Lunatic asylums Central Provinces reports 1910-1926 - 1910-1926
Year: 1910
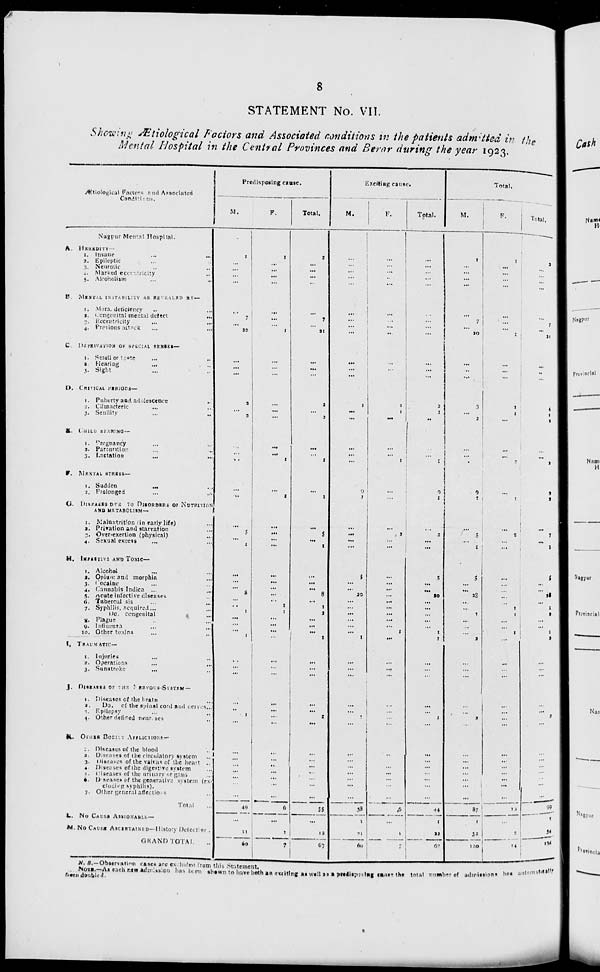
8
STATEMENT No. VII.
Showing Ætiological Factors and Associated conditions in the patients admitted in the
Mental Hospital in the Central Provinces and Berar during the year 1923.
Ætiological Factors and Associated
Conditions.
Nagpur Mental Hospital.
A.
HEREDITY —
1. Insane ... ...
2. Epileptic ... ...
3. Neurotic ... ...
4. Marked eccentricity ... ...
5. Alcoholism ... ...
B.
MENTAL
INSTANITY AS REVEALED BY —
1. Mora, deficiency
...
...
2. Congenital mental defect
...
3. Eccentricity ... ...
4. Previous attack ... ...
C.
DEPRIVATION OF SPECIAL SENSES—
1. Smell or taste ... ...
2. Hearing
...
...
3. Sight ... ...
D.
CRITICAL
PERIODS—
1. Puberty and adolescence ...
2. Climacteric ... ...
3. Senility
...
...
E. CHILD
BEARING
—
1. Pregnancy ... ...
3. Parturition ... ...
3. Lactation ... ...
F.
MENTAL
STRESS—
1. Sudden
... ...
2. Prolonged ... ...
G.
DISEASES
DUE
TO DISORDERS OF NUTRITION
AND METABOLISM—
1. Malnatrition (in early life) ...
2. Privation and starvation ...
3. Over-exertion (physical)
...
4. Sexual excess ... ...
H. INFECTIVE AND TOXIC—
1. Alcohol
...
...
2. Opium and morphia ...
3. Cocaine ... ...
4. Cannabis Indica ... ...
5. Acute infective diseases ... ...
6. Tubercul sis ... ...
7. Syphilis. acquired ... ...
Do. congenital ...
8. Plague ... ...
9. lnfluenza ... ...
10. Other toxins ... ...
I.
TRAUMATIC —
1. Injuries ... ...
2. Operations ... ...
3. Sunstroke ... ...
J. DISEASES OF THE NERVOUS-SYSTEM —
1. Diseases of the brain ...
2.
Do. of the spinal cord and neives..
3 Epilepsy ... ...
4. Other defined neurvses ...
R. OTHER BODILY AFFECTIONS —
1. Diseases of the blood ...
2. Diseases of the circulatory system ...
3. Diseases of the valvas of the heart ...
4. Diseases of the digestive system ...
5. Diseases of the urinary organs. ...
6. Diseases of the generative system (ex-
cluding syphilis).
7. Other general aflections ...
Total ...
L. NO CAUSE ASSIGNABLE.—
M.NO
CAUSE
ASCERTAINED—History
Defective.
GRAND TOTAL ...
Predisposing cause.
M.
1
...
...
...
...
...
7
...
20
...
...
...
2
...
3
...
...
...
...
...
...
5
...
1
...
...
...
8
...
...
1
...
...
...
1
...
...
...
...
...
1
...
...
...
...
...
...
...
...
49
...
11
60
F.
1
...
...
...
...
...
...
...
1
...
...
...
...
...
...
...
...
1
...
1
...
...
...
...
...
...
...
...
...
1
1
...
...
...
...
...
...
...
...
...
...
...
...
...
...
...
...
...
...
6
...
1
7
Total.
2
...
...
...
...
...
7
...
21
...
...
...
2
...
3
...
...
1
1
...
5
...
1
...
...
...
8
...
1
2
...
...
...
1
...
...
...
...
...
1
...
...
...
...
...
...
...
...
55
...
13
67
Exciting cause.
M.
...
...
...
...
...
...
...
...
...
...
...
...
1
...
...
...
...
...
9
1
...
...
...
...
5
...
...
20
...
...
...
...
...
...
1
...
...
...
...
...
1
...
...
...
...
...
...
...
...
38
1
21
60
F.
...
...
...
...
...
...
...
...
...
...
...
...
1
1
...
...
...
1
...
...
...
2
...
...
...
...
...
...
...
...
...
...
...
1
...
...
...
...
...
...
...
...
...
...
...
...
...
...
6
...
1
7
Total.
...
...
...
...
...
...
...
...
...
...
...
...
2
1
...
...
...
1
9
1
...
2
...
...
5
...
...
...
...
...
...
...
...
1
1
...
...
...
...
...
1
...
...
...
...
...
...
...
...
44
1
22
67
Total.
M.
1
...
...
...
...
...
7
...
20
...
...
...
3
...
2
...
...
...
9
1
...
5
...
1
5
...
...
28
...
...
1
...
...
...
2
...
...
...
...
...
2
...
...
...
...
...
...
...
...
87
1
32
120
F.
1
...
...
...
...
...
...
...
1
...
...
...
1
1
...
...
...
2
...
1
...
2
...
...
...
...
...
...
...
1
1
...
...
1
...
...
...
...
...
...
...
...
...
...
...
...
...
...
...
12
...
2
14
Total.
2
...
...
...
...
...
7
...
21
...
...
...
4
1
2
...
...
2
9
2
...
7
...
1
5
...
...
28
...
1
2
...
...
1
2
...
...
...
...
...
2
...
...
...
...
...
...
...
...
99
1
34
134
N.B.—Observation cases are excluded from this Statetment.
NOTE.—As each new admission has been shown to have both an exciting as well as a predisposing cause the total number of admissions has automatically.
been doubled.